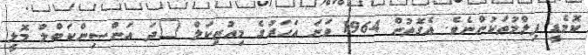
ކޮމެޑީ ފިލްމުތަކުންނެވެ. އެގޮތުން 1964 ވަނަ އަހަރުގެ މިއުޒިކަލް "ދަ އަންސިންކަބްލް މޮލީ